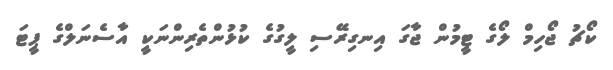
ކޯޗު ޖޯހިމް ލޯގެ ޓީމުން ޖާގަ އިނގިރޭސި ލީގުގެ ކުޅުންތެރިންނަކީ އާސެނަލްގެ ޕީޓަ